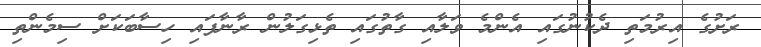
ރަށުގެ އިރުމަތި ދެކުނުގައި އެންމެ ވަލާއި ގާތުގައި ތެޅިގަލުން ރާނާފައި ހިސާބަކަށް ސިމެންތި